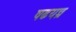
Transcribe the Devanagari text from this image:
षढयन्त्र